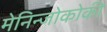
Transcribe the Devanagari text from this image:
मेनिन्जोकोकी